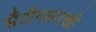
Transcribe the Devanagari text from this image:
सँटीनसारखी